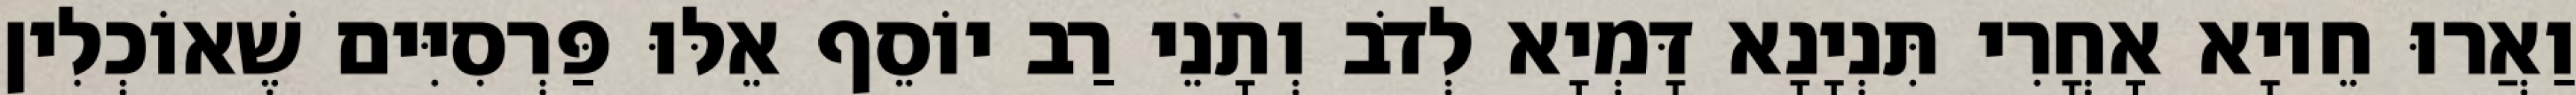
וַאֲרוּ חֵיוָא אָחֳרִי תִּנְיָנָא דָּמְיָא לְדֹב וְתָנֵי רַב יוֹסֵף אֵלּוּ פַּרְסִיִּים שֶׁאוֹכְלִין